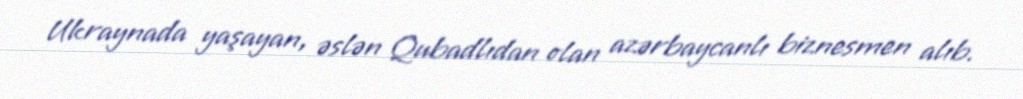
Ukraynada yaşayan, əslən Qubadlıdan olan azərbaycanlı biznesmen alıb.